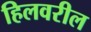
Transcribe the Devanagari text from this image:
हिलवरील